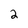
Character: 2